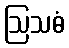
ဩသဓံ